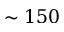
\sim 1 5 0